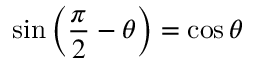
\sin \left( { \frac { \pi } { 2 } } - \theta \right) = \cos \theta